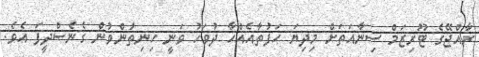
ރާއްޖޭގެ ޓޫރިޒަމް ސިނާއަތަށް މިދިޔަ ހަފުތާއެއްހާ ދުވަހު ވަނީ ހިނިތުންވުން ގެނެސްދީފަ އެވެ.